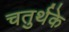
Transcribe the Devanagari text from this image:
चतुर्थके